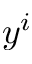
y ^ { i }